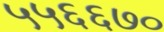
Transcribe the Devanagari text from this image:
५५६६७०